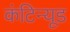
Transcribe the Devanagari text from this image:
कंटिन्यूड